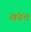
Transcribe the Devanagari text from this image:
खंडच